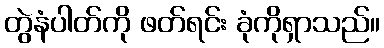
တွဲနံပါတ်ကို ဖတ်ရင်း ခုံကိုရှာသည်။